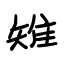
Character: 雉